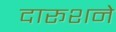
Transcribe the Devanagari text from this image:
दारूशने